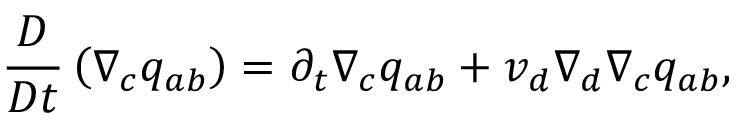
\frac { D } { D t } \left( \nabla _ { c } q _ { a b } \right) = \partial _ { t } \nabla _ { c } q _ { a b } + v _ { d } \nabla _ { d } \nabla _ { c } q _ { a b } ,